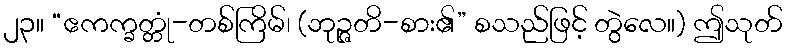
၂၃။ “ဧကက္ခတ္တုံ-တစ်ကြိမ်၊ (ဘုဉ္ဇတိ-စား၏” စသည်ဖြင့် တွဲလေ။) ဤသုတ်